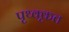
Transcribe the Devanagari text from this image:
पृथ्क्कृत